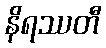
နိရဿတီ